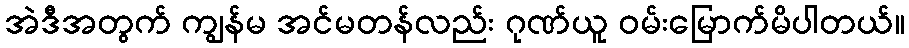
အဲဒီအတွက် ကျွန်မ အင်မတန်လည်း ဂုဏ်ယူ ဝမ်းမြောက်မိပါတယ်။